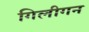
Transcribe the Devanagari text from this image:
गिलीगन